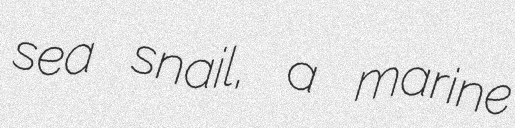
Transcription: sea snail, a marine